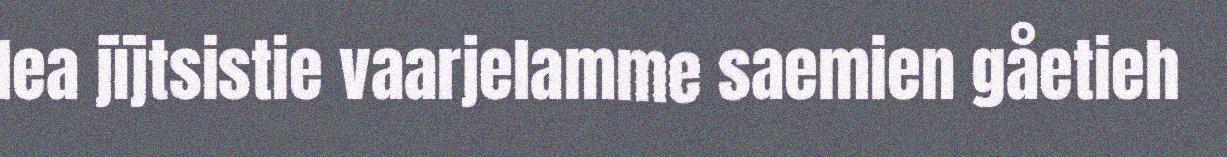
lea jïjtsistie vaarjelamme saemien gåetieh